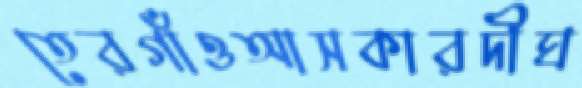
তেরগাঁওআসকারদীঘ